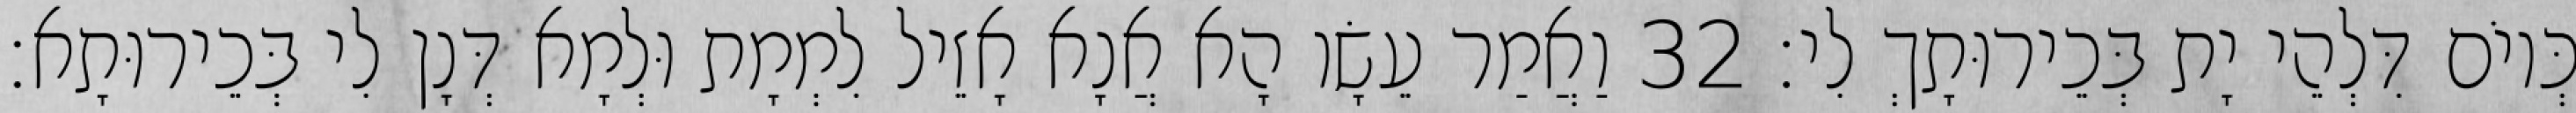
כְּיוֹם דִּלְהֵי יָת בְּכֵירוּתָךְ לִי׃ 32 וַאֲמַר עֵשָׂו הָא אֲנָא אָזֵיל לִמְמָת וּלְמָא דְּנָן לִי בְּכֵירוּתָא׃